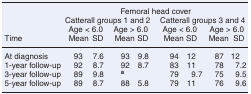
|  | <COLSPAN=8> Femoral head cover |
 |  | <COLSPAN=4> Catterall groups 1 and 2 | <COLSPAN=4> Catterall groups 3 and 4 |
 |  | <COLSPAN=2> Age < 6.0 | <COLSPAN=2> Age > 6.0 | <COLSPAN=2> Age < 6.0 | <COLSPAN=2> Age > 6.0 |
 | Time | Mean | SD | Mean | SD | Mean | SD | Mean | SD |
 | --- | --- | --- | --- | --- | --- | --- | --- | --- |
 | At diagnosis | 93 | 7.6 | 93 | 9.8 | 94 | 12 | 87 | 12 |
 | 1-year follow-up | 92 | 8.7 | 92 | 8.7 | 83 | 11 | 78 | 7.2 |
 | 3-year follow-up | 89 | 9.8 | a |  | 79 | 9.7 | 75 | 9.5 |
 | 5-year follow-up | 89 | 8.7 | 88 | 5.8 | 79 | 11 | 76 | 9.6 |